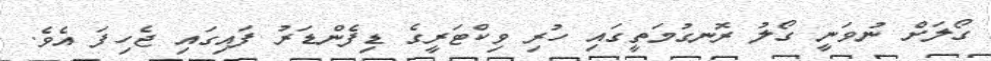
ގޯލަށް ނުވަނީ ގޯލު ރޮނގުމަތީގައި ހުރި ވިކްޓަރީގެ ޑިފެންޑަރު ފައިގައި ޖެހިފަ އެވެ.